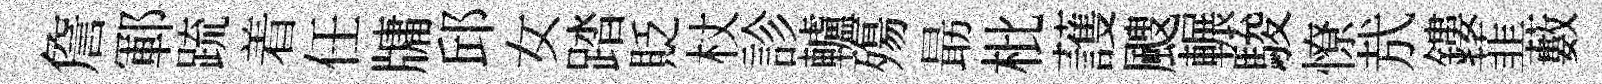
詹鄆䟽着任牗邱女踏貶杖診轤殤朂枇䕶颼輾駿憭㢤鏤韮藪